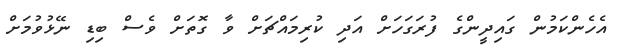
އެހެންކަމުން ގައިދީންގެ ފުރަގަހަށް އަދި ކުރިމައްޗަށް ވާ ގޮތަށް ވެސް ބިޑި ނޭޅުވުމަށް